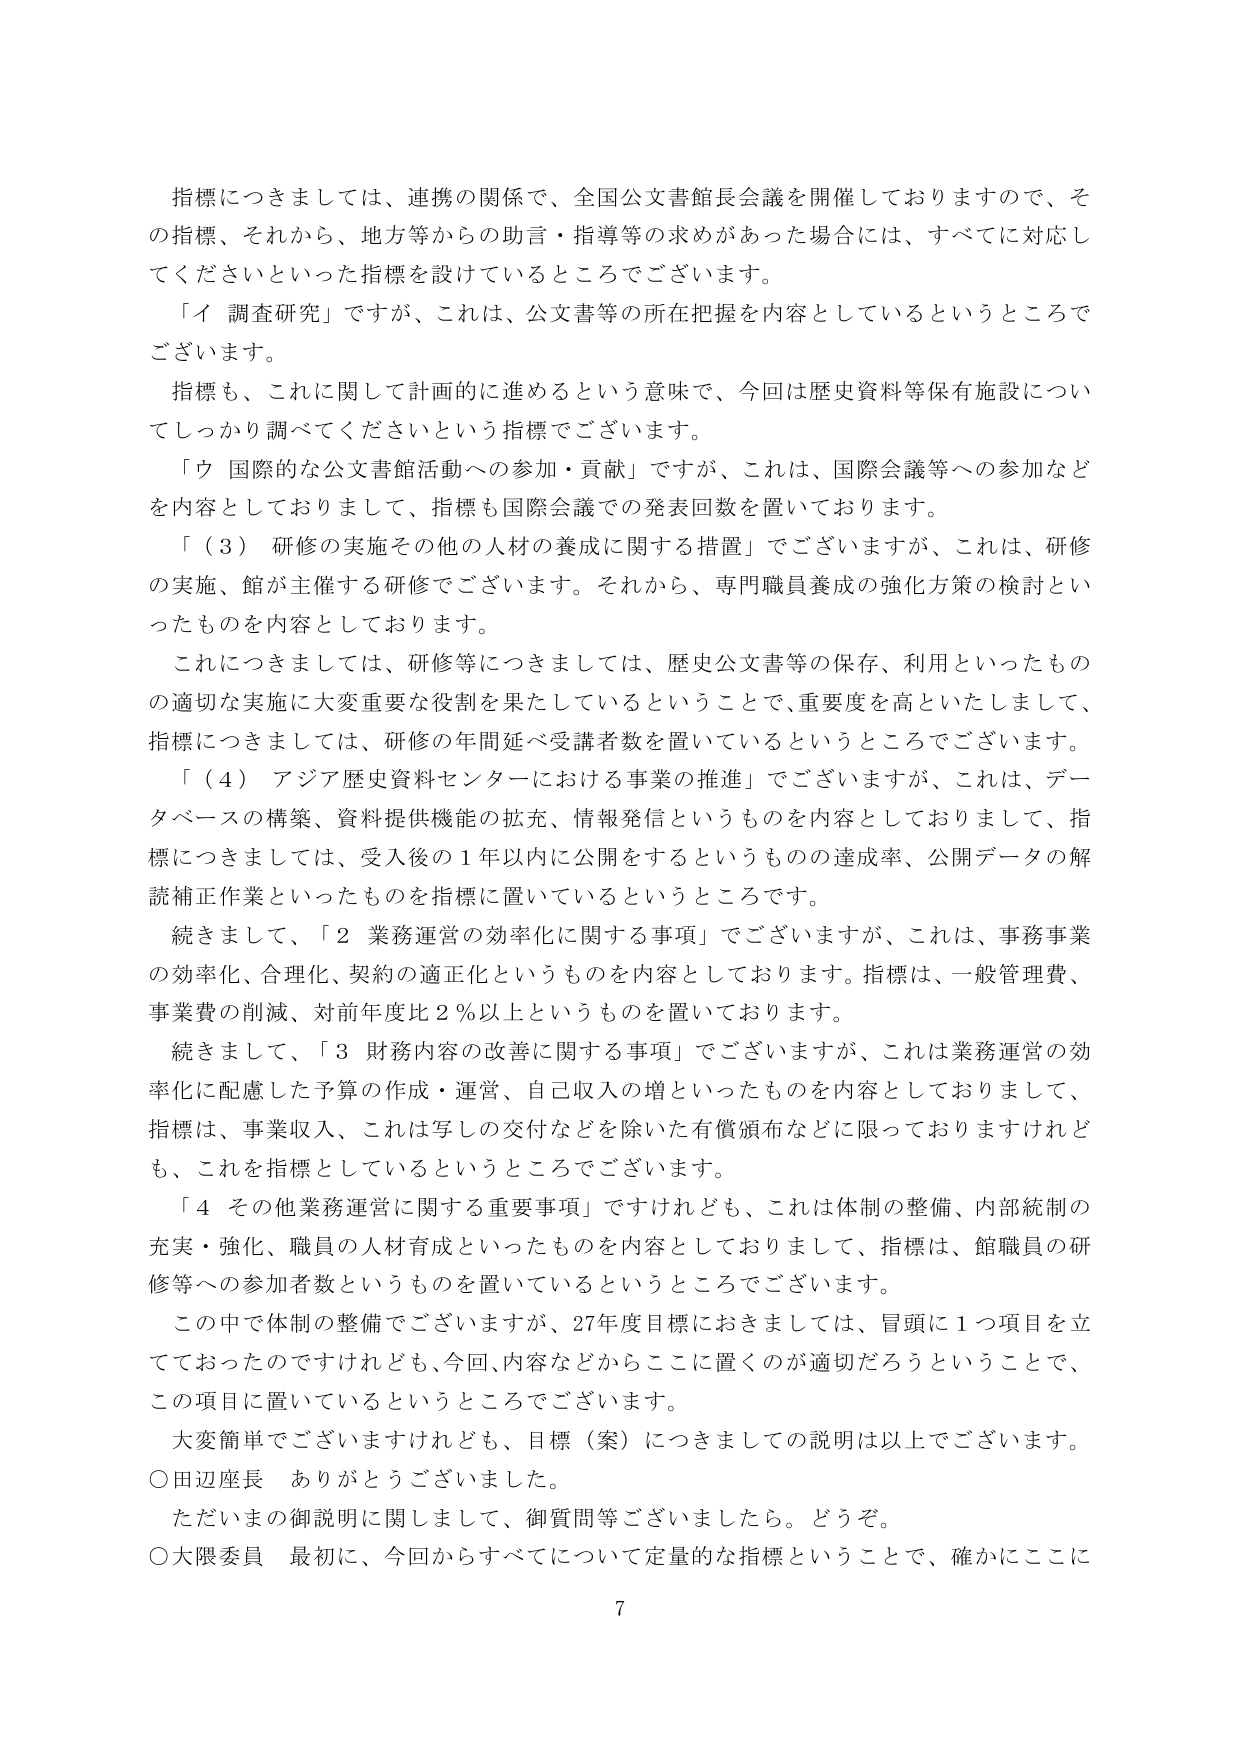
指標につきましては、連携の関係で、全国公文書館長会議を開催しておりますので、その指標、それから、地方等からの助言・指導等の求めがあった場合には、すべてに対応してくださいといった指標を設けているところでございます。

「イ 調査研究」ですが、これは、公文書等の所在把握を内容としているというところでございます。

指標も、これに関して計画的に進めるという意味で、今回は歴史資料等保有施設についてしっかり調べてくださいという指標でございます。

「ウ 国際的な公文書館活動への参加・貢献」ですが、これは、国際会議等への参加などを内容としておりまして、指標も国際会議での発表回数を置いております。

「（３）研修の実施その他の人材の養成に関する措置」でございますが、これは、研修の実施、館が主催する研修でございます。それから、専門職員養成の強化方策の検討といったものを内容としております。

これにつきましては、研修等につきましては、歴史公文書等の保存、利用といったものの適切な実施に大変重要な役割を果たしているということで、重要度を高いたしまして、指標につきましては、研修の年間延べ受講者数を置いているというところでございます。

「（４）アジア歴史資料センターにおける事業の推進」でございますが、これは、データベースの構築、資料提供機能の拡充、情報発信といったものを内容としておりまして、指標につきましては、受入後の１年以内に公開をするというものの達成率、公開データの解読補正作業といったものを指標に置いているというところです。

続きまして、「２ 業務運営の効率化に関する事項」でございますが、これは、事務事業の効率化、合理化、契約の適正化といったものを内容としております。指標は、一般管理費、事業費の削減、対前年度比２％以上というものを置いております。

続きまして、「３ 財務内容の改善に関する事項」でございますが、これは業務運営の効率化に配慮した予算の作成・運営、自己収入の増といったものを内容としておりまして、指標は、事業収入、これは写しの交付などを除いた有償頒布などに限っておりますけれども、これを指標としているというところでございます。

「４ その他業務運営に関する重要事項」ですけれども、これは体制の整備、内部統制の充実・強化、職員の人材育成といったものを内容としておりまして、指標は、館職員の研修等への参加者数といったものを置いているというところでございます。

この中で体制の整備でございますが、27年度目標におきましては、冒頭に１つ項目を立てておったのですけれども、今回、内容などからここに置くのが適切だろうということで、この項目に置いているというところでございます。

大変簡単でございますけれども、目標（案）につきましての説明は以上でございます。

○田辺座長 ありがとうございました。

ただいまの御説明に関しまして、御質問等ございましたら。どうぞ。

○大隈委員 最初に、今回からすべてについて定量的な指標ということで、確かにここに

7